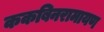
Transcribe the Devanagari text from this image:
ककबिनरामायण